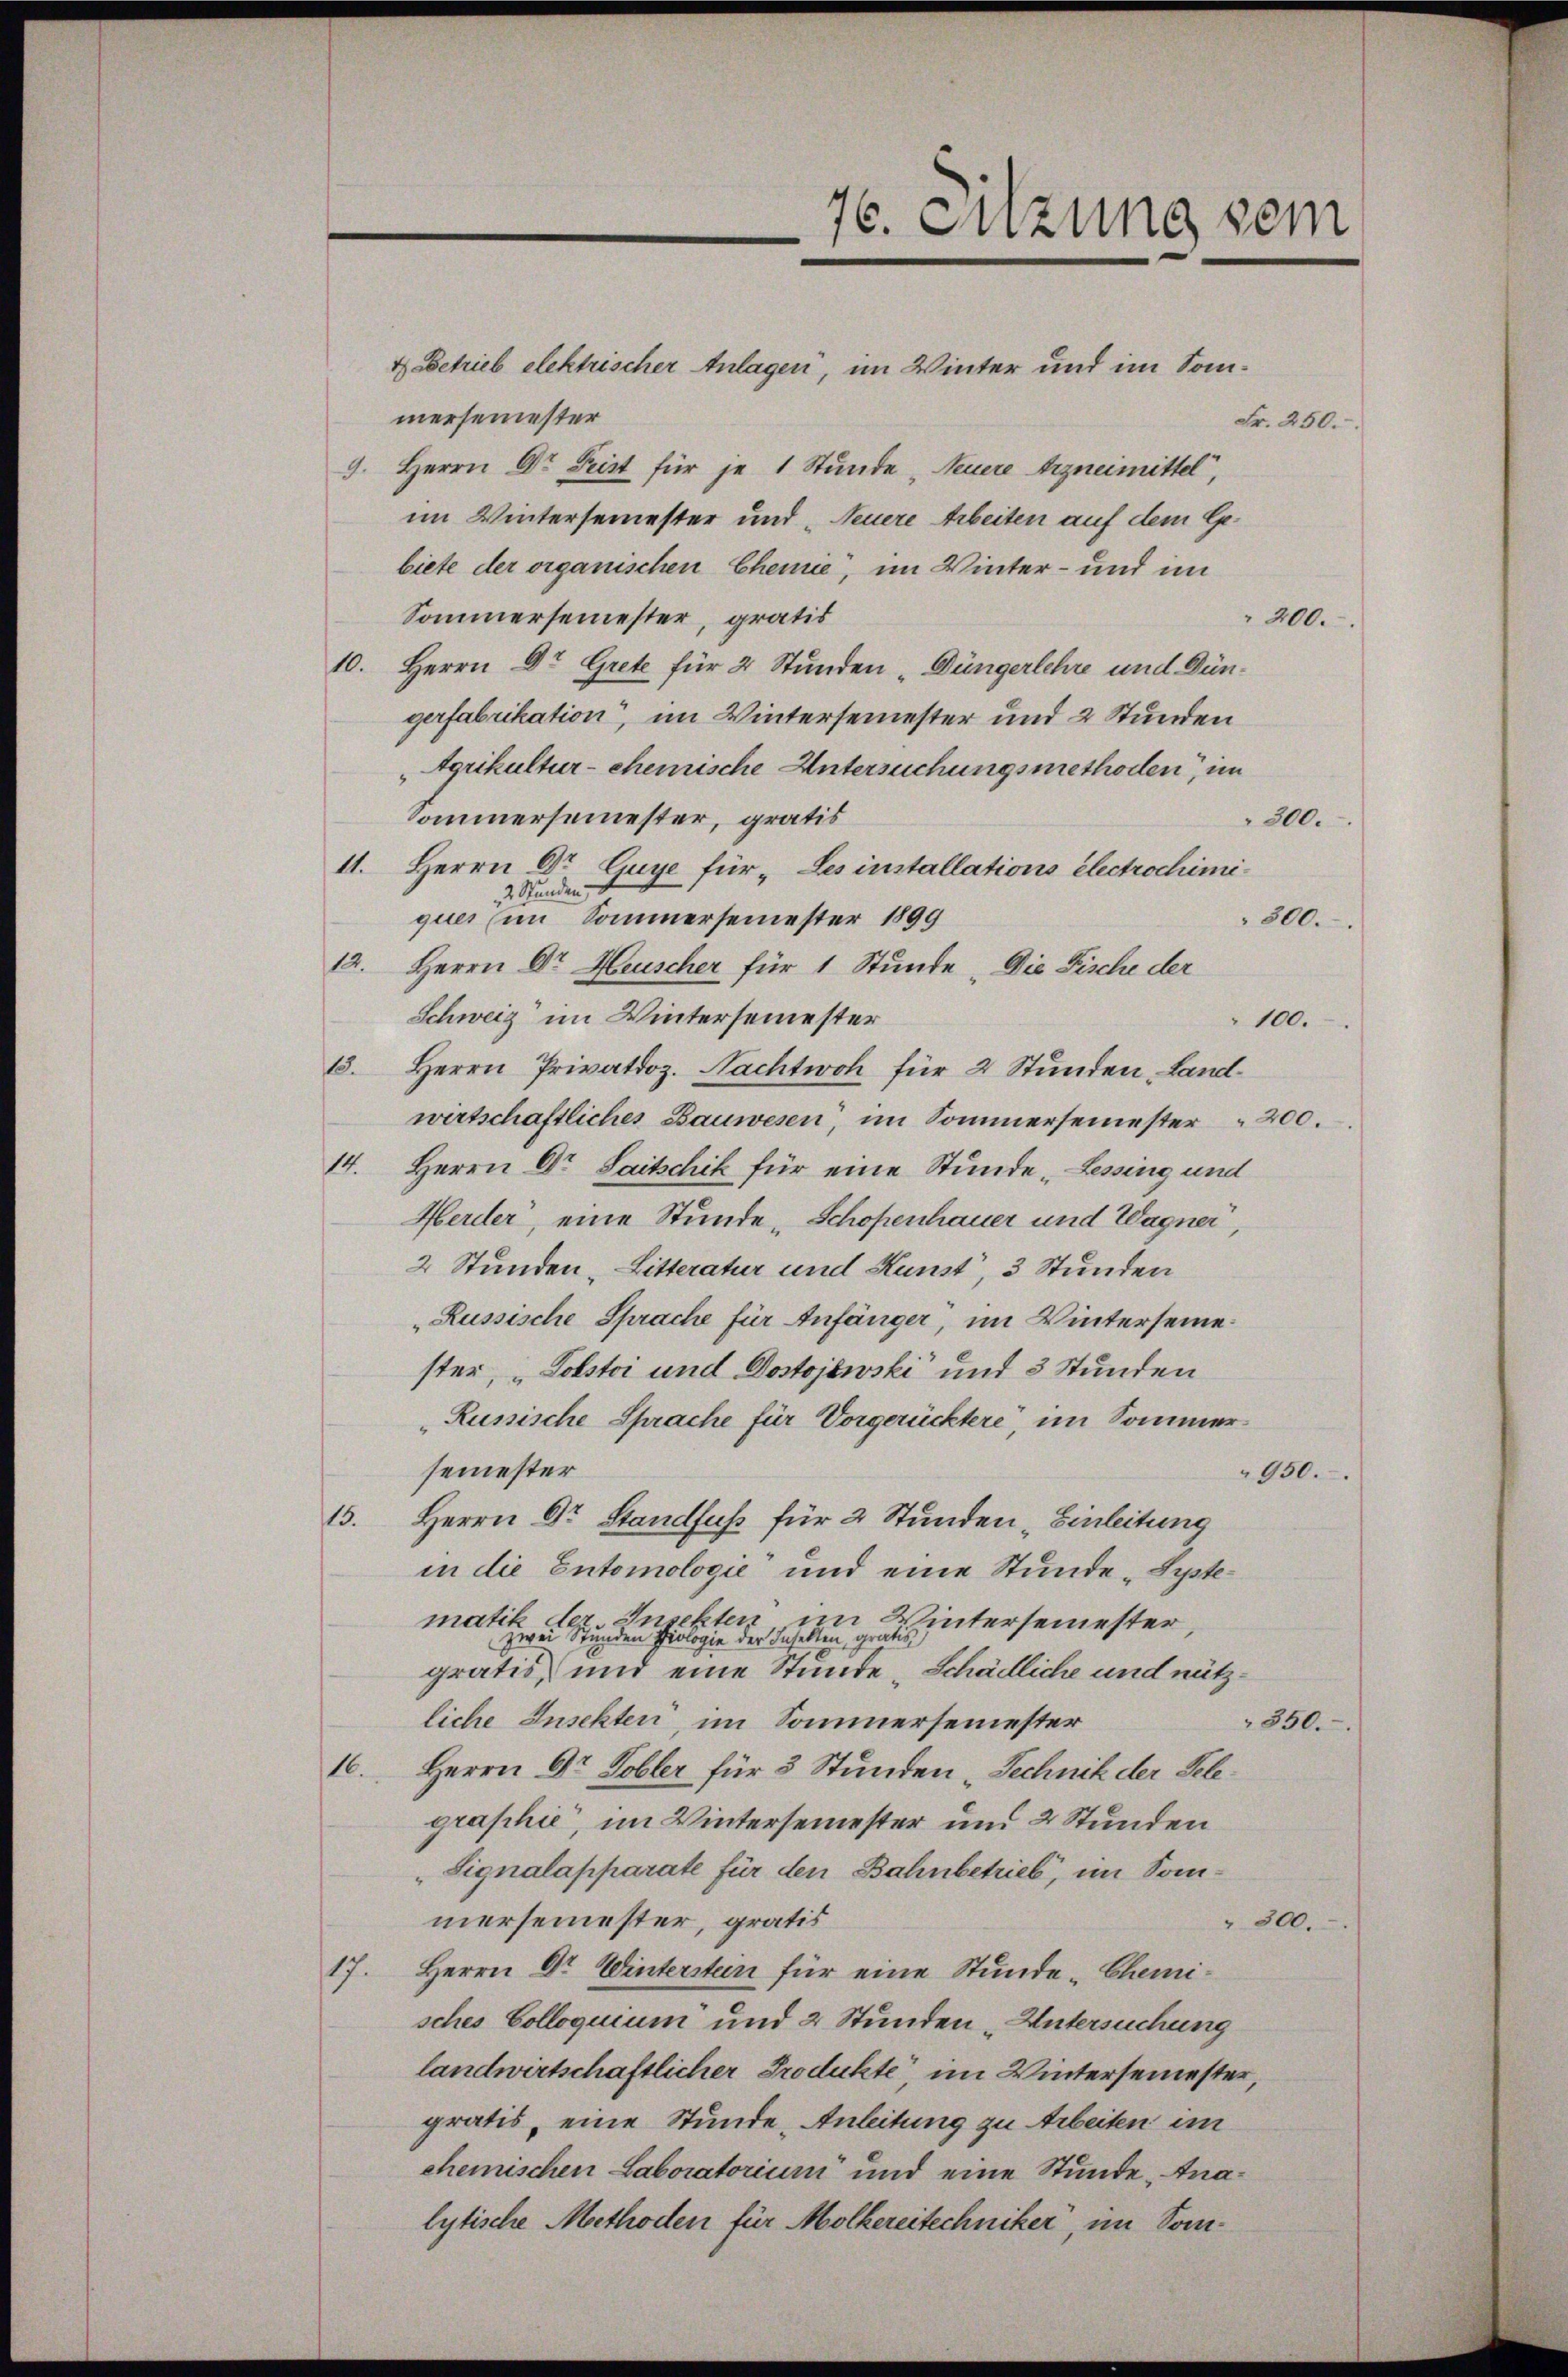
76. Sitzung sein

4 Betrieb elektrischer Anlagen, im Winter und im Sommersemester
Fr. 250.
9. Herrn Dr Leist für je 1 Stunde Neuere Arzneimittel,
im Wintersemester und Neuere Arbeiten auf dem Gebiete der organischen Chene, im Winter- und im
Sommersemester, gratis
200.
10. Herrn Dr. Grete für 2 Stunden Düngerlehre und Düngerfabrikation, im Wintersemester und 2 Stunden
Agrikultur- chemische Untersuchungsmethoden, im
Sommersemester, gratis
300.
11. Herrn Dr Guye für „Les installations Electrochimi¬
2 Stunden
quer (im Sommersemester 1899
300.
12. Herrn Dr. Heuscher für 1 Stunde . Die Fische der
Schweiz im Wintersemester
100.
13. Herrn Privatdoz. Nachtwoh für 2 Stunden, Landwirtschaftliches Bauwesen, im Sommersemester 200.
14. Herrn Dr. Saitschik für eine Stunde „Lessing und
Herder, eine Stunde, Schopenhauer und Wagner
2 Stunden, Litteratur und Kunst, 3 Stunden
Russische Sprache für Anfänger, im Winterseine.
ster, „Polstoi und Dostojewski und 3 Stunden
Russische Sprache für Vorgerücktere, im Sommersemester
950.
13. Herrn Dr Standfuß für 2 Stunden „Einleitung
in die Entomologie und eine Stunde Systematerintersemester,
gratis, und eine Stunde „Schädliche und nützliche Insekter, im Sommersemester
350.
1. Herrn Dr. Tobler für 8 Stunden Technik der Telegraphie, im Wintersemester und 2 Stunden
Signalapparate für den Bahnbetrieb, im Sommersemester, gratis
" 300.
17. Herrn Dr. Wintersten für eine Stunde Chemisches Colloquium und 2 Stunden Untersuchung
landwirtschaftlicher Produkte im Wintersemester,
gratis, eine Stunde, Anleitung zu Arbeiten im
chemischen Laboratorium und eine Stunde Analytische Methoden für Molkereitechniker, im Som¬